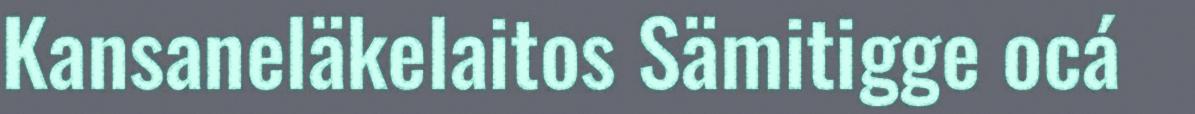
Kansaneläkelaitos Sämitigge ocá